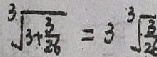
\sqrt [ 3 ] { 3 + \frac { 3 } { 2 6 } } = 3 \sqrt [ 3 ] { \frac { 3 } { 2 6 } }